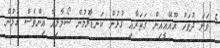
5 ވަނަ ދުވަހު ޔޫއޭއީއިން ޤަތަރާއި ގުޅުން ކަނޑާލުމުން ސޯމާލިއާ އިންވެސް ގުޅުން